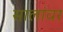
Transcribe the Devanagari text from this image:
सालांवर